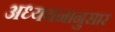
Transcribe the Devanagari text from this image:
अध्ययनानुसार